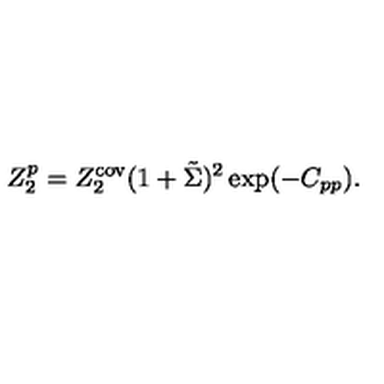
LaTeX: Z _ { 2 } ^ { p } = Z _ { 2 } ^ { \mathrm { c o v } } ( 1 + \tilde { \Sigma } ) ^ { 2 } \exp ( - C _ { p p } ) .